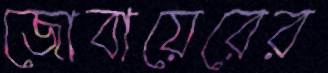
জোবায়েরের